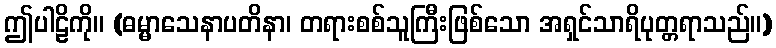
ဤပါဠိကို။ (ဓမ္မာသေနာပတိနာ၊ တရားစစ်သူကြီးဖြစ်သော အရှင်သာရိပုတ္တရာသည်။)